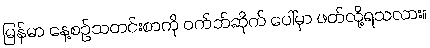
မြန်မာ နေ့စဉ်သတင်းစာကို ဝက်ဘ်ဆိုက် ပေါ်မှာ ဖတ်လို့ရသလား။